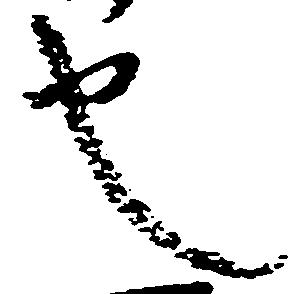
也